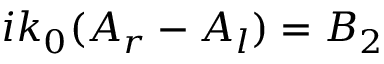
i k _ { 0 } ( A _ { r } - A _ { l } ) = B _ { 2 } \,